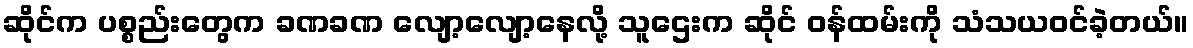
ဆိုင်က ပစ္စည်းတွေက ခဏခဏ လျော့လျော့နေလို့ သူဌေးက ဆိုင် ဝန်ထမ်းကို သံသယဝင်ခဲ့တယ်။